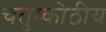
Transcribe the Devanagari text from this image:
चतुष्कोठीय